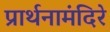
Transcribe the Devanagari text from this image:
प्रार्थनामंदिरे